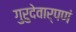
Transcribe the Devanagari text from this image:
गुरुदेवार्पणं